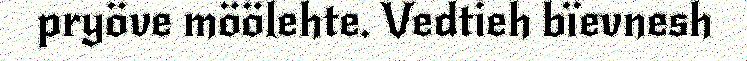
pryöve möölehte. Vedtieh bïevnesh